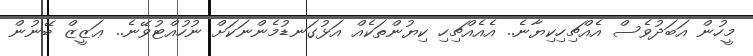
މީހުން އަބަދުވެސް އެއްޗިހިކިޔާނެ.. އެއެއްޗިހި ކިޔުންތަކެއް އަޅުގަނޑުމެންނަކަށް ނުހުއްޓުވޭނެ.. ޢަޒީޒް ބޭނުން